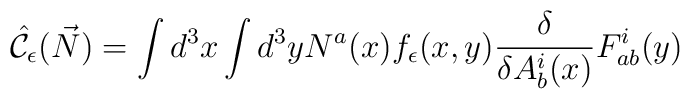
\hat{\cal C}_{\epsilon}(\vec{N}) = \int d^3 x \int d^3 y N^a(x) f_\epsilon(x,y){\delta \over \delta A_b^i(x)} F_{ab}^i(y)